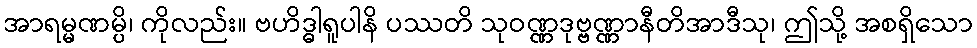
အာရမ္မဏမ္ပိ၊ ကိုလည်း။ ဗဟိဒ္ဓါရူပါနိ ပဿတိ သုဝဏ္ဏဒုဗ္ဗဏ္ဏာနီတိအာဒီသု၊ ဤသို့ အစရှိသော